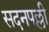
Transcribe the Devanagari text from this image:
सदनपल्ली